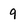
Character: 9